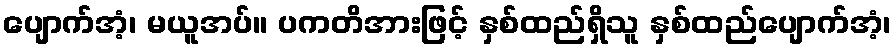
ပျောက်အံ့၊ မယူအပ်။ ပကတိအားဖြင့် နှစ်ထည်ရှိသူ နှစ်ထည်ပျောက်အံ့၊